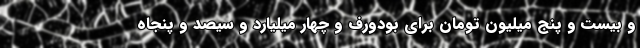
و بیست و پنج میلیون تومان برای بودورف و چهار میلیارد و سیصد و پنجاه